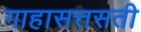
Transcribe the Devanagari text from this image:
गाहासत्तसती